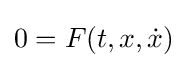
0=F(t,x,{\dot {x}})